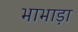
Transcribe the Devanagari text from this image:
भाभाड़ा